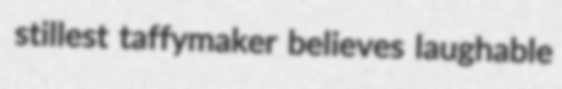
stillest taffymaker believes laughable